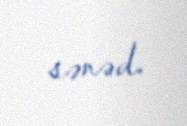
sənəd.